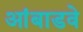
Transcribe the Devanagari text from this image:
आंबाडवे